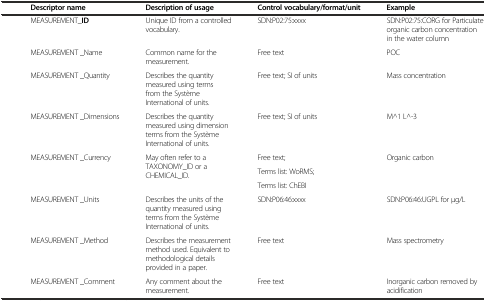
<table><thead><tr><td><b> </b></td><td><b>Descriptor name</b></td><td><b>Description of usage</b></td><td><b>Control vocabulary/format/unit</b></td><td><b>Example</b></td></tr></thead><tbody><tr><td rowspan="10"> </td><td>MEASUREMENT_<b>ID</b></td><td>Unique ID from a controlled vocabulary.</td><td>SDN:P02:75:xxxx</td><td>SDN:P02:75:CORG for Particulate organic carbon concentration in the water column</td></tr><tr><td>MEASUREMENT _Name</td><td>Common name for the measurement.</td><td>Free text</td><td>POC</td></tr><tr><td>MEASUREMENT _Quantity</td><td>Describes the quantity measured using terms from the Système International of units.</td><td>Free text; SI of units</td><td>Mass concentration</td></tr><tr><td>MEASUREMENT _Dimensions</td><td>Describes the quantity measured using dimension terms from the Système International of units.</td><td>Free text; SI of units</td><td>M^1 L^-3</td></tr><tr><td rowspan="3">MEASUREMENT _Currency</td><td rowspan="3">May often refer to a TAXONOMY_ID or a CHEMICAL_ID.</td><td>Free text;</td><td rowspan="3">Organic carbon</td></tr><tr><td>Terms list: WoRMS;</td></tr><tr><td>Terms list: ChEBI</td></tr><tr><td>MEASUREMENT _Units</td><td>Describes the units of the quantity measured using terms from the Système International of units.</td><td>SDN:P06:46:xxxx</td><td>SDN:P06:46:UGPL for μg/L</td></tr><tr><td>MEASUREMENT _Method</td><td>Describes the measurement method used. Equivalent to methodological details provided in a paper.</td><td>Free text</td><td>Mass spectrometry</td></tr><tr><td>MEASUREMENT _Comment</td><td>Any comment about the measurement.</td><td>Free text</td><td>Inorganic carbon removed by acidification</td></tr></tbody></table>